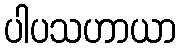
ပါပသဟာယာ